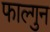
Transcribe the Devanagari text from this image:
फाल्‍गुन